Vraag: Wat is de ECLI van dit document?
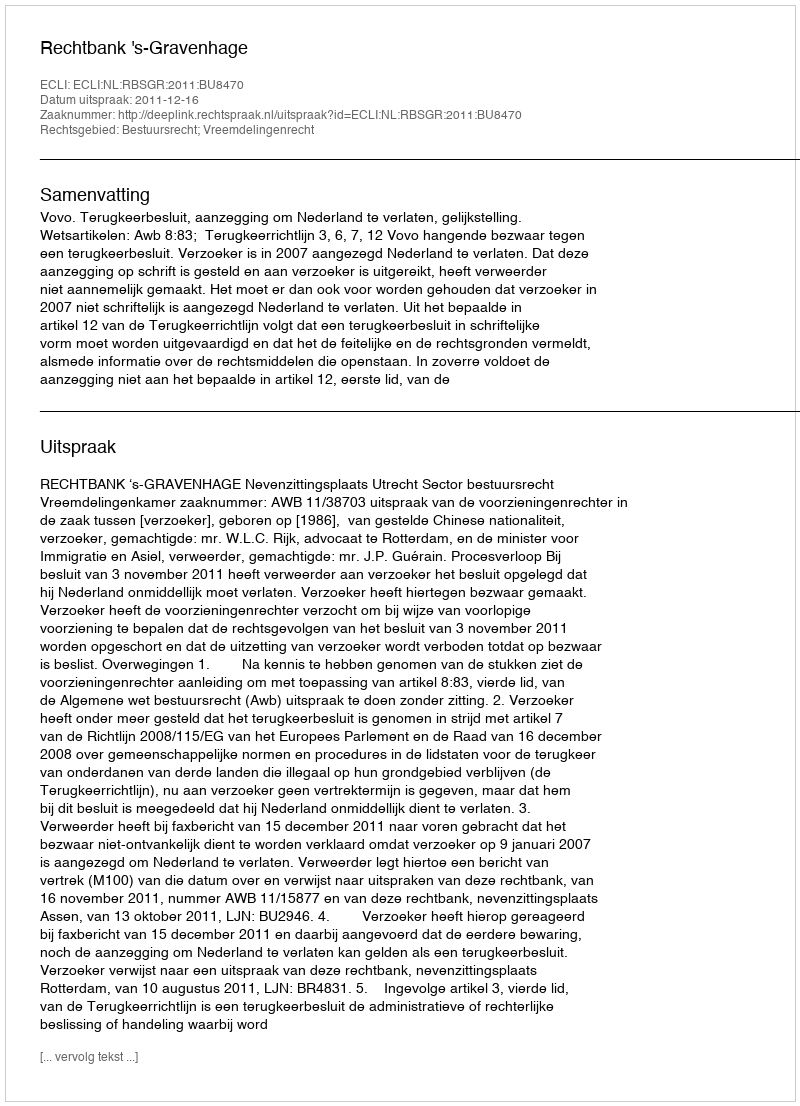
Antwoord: ECLI:NL:RBSGR:2011:BU8470